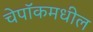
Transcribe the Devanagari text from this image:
चेपॉकमधील